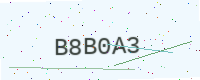
Text: B8B0A3